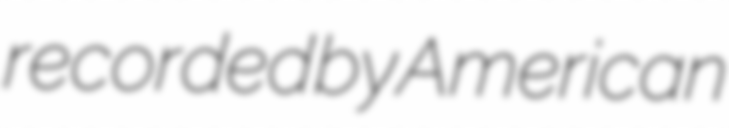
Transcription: recorded by American